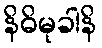
နိဓိမုခါနိ